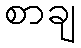
စာချ